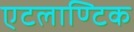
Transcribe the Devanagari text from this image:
एटलाण्टिक